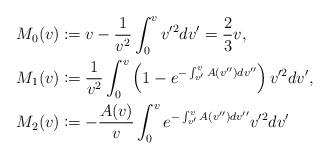
LaTeX: \begin{align*} M_{0}(v)&\coloneqq v-\frac{1}{v^2}\int_0^vv'^2dv'=\frac{2}{3}v,\\ M_{1}(v)&\coloneqq\frac{1}{v^2}\int_0^v\left(1-e^{-\int_{v'}^vA(v'')dv''}\right)v'^2dv',\\ M_{2}(v)&\coloneqq -\frac{A(v)}{v}\int_0^ve^{-\int_{v'}^vA(v'')dv''}v'^2dv'\end{align*}